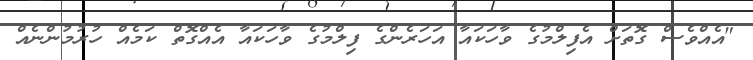
"އެއްވެސް ގޮތަށް އެފިލްމުގެ ވާހަކައާ އަހަރެންގެ ފިލްމުގެ ވާހަކައާ އެއްގޮތް ކަމެއް ހުރުމުންނެއް